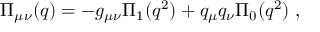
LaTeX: \Pi _ { \mu \nu } ( q ) = - g _ { \mu \nu } \Pi _ { 1 } ( q ^ { 2 } ) + q _ { \mu } q _ { \nu } \Pi _ { 0 } ( q ^ { 2 } ) \; ,